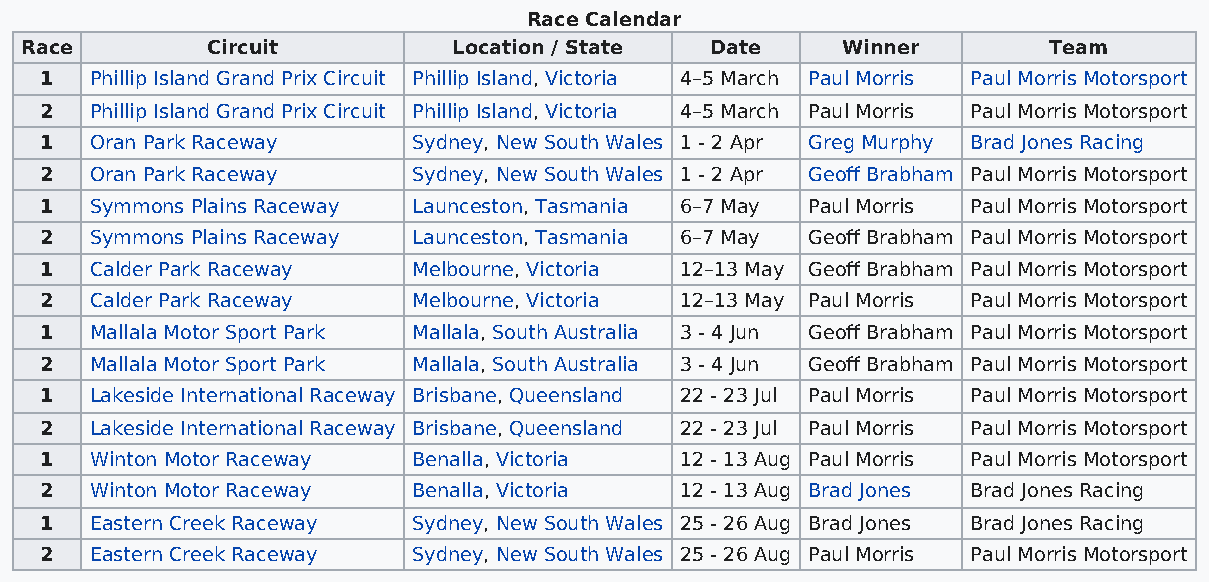
Race Calendar
 Race         Circuit         Location / State Date     Winner       Team
 1  Phillip Island Grand Prix Circuit Phillip Island, Victoria 4–5 March Paul Morris Paul Morris Motorsport
 2  Phillip Island Grand Prix Circuit Phillip Island, Victoria 4–5 March Paul Morris Paul Morris Motorsport
 1  Oran Park Raceway    Sydney, New South Wales 1 - 2 Apr Greg Murphy Brad Jones Racing
 2  Oran Park Raceway    Sydney, New South Wales 1 - 2 Apr Geoff Brabham Paul Morris Motorsport
 1  Symmons Plains Raceway Launceston, Tasmania 6–7 May Paul Morris Paul Morris Motorsport
 2  Symmons Plains Raceway Launceston, Tasmania 6–7 May Geoff Brabham Paul Morris Motorsport
 1  Calder Park Raceway  Melbourne, Victoria 12–13 May Geoff Brabham Paul Morris Motorsport
 2  Calder Park Raceway  Melbourne, Victoria 12–13 May Paul Morris Paul Morris Motorsport
 1  Mallala Motor Sport Park Mallala, South Australia 3 - 4 Jun Geoff Brabham Paul Morris Motorsport
 2  Mallala Motor Sport Park Mallala, South Australia 3 - 4 Jun Geoff Brabham Paul Morris Motorsport
 1  Lakeside International Raceway Brisbane, Queensland 22 - 23 Jul Paul Morris Paul Morris Motorsport
 2  Lakeside International Raceway Brisbane, Queensland 22 - 23 Jul Paul Morris Paul Morris Motorsport
 1  Winton Motor Raceway Benalla, Victoria 12 - 13 Aug Paul Morris Paul Morris Motorsport
 2  Winton Motor Raceway Benalla, Victoria 12 - 13 Aug Brad Jones Brad Jones Racing
 1  Eastern Creek Raceway Sydney, New South Wales 25 - 26 Aug Brad Jones Brad Jones Racing
 2  Eastern Creek Raceway Sydney, New South Wales 25 - 26 Aug Paul Morris Paul Morris Motorsport